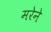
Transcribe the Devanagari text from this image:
मरेने